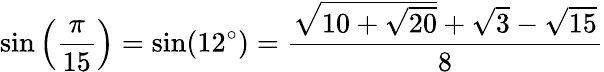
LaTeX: \sin\left({\frac{\pi}{15}}\right)=\sin(12^{\circ})={\frac{{\sqrt{10+{\sqrt{20}}}}+{\sqrt{3}}-{\sqrt{15}}}{8}}